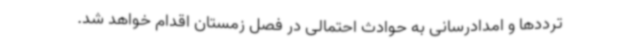
ترددها و امدادرسانی به حوادث احتمالی در فصل زمستان اقدام خواهد شد.